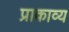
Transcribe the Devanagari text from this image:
प्राकाव्य